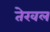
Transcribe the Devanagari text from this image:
तेरवल